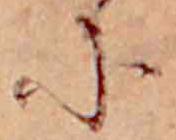
に